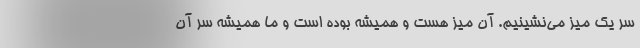
سر یک میز می‌نشینیم. آن میز هست و همیشه بوده است و ما همیشه سر آن